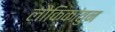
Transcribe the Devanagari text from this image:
लौकिकांतुन